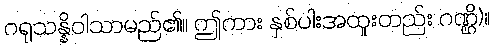
ဂရုသန္နိဝါသာမည်၏။ ဤကား နှစ်ပါးအထူးတည်း ဂဏ္ဌိ)။